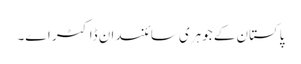
پاکستان کے جوہری سائنسدان ڈاکٹر اے۔